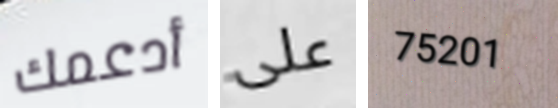
أدعمك على 75201